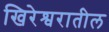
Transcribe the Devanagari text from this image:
खिरेश्वरातील